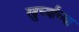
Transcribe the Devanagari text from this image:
खुर्च्यांच्या